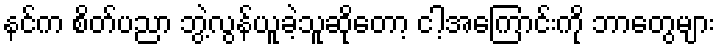
နင်က စိတ်ပညာ ဘွဲ့လွန်ယူခဲ့သူဆိုတော့ ငါ့အကြောင်းကို ဘာတွေများ